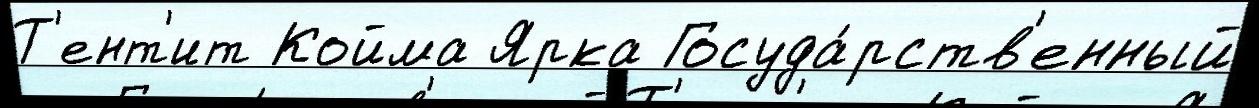
Т'ент'ит Койма Ярка Госуда́рств'енный